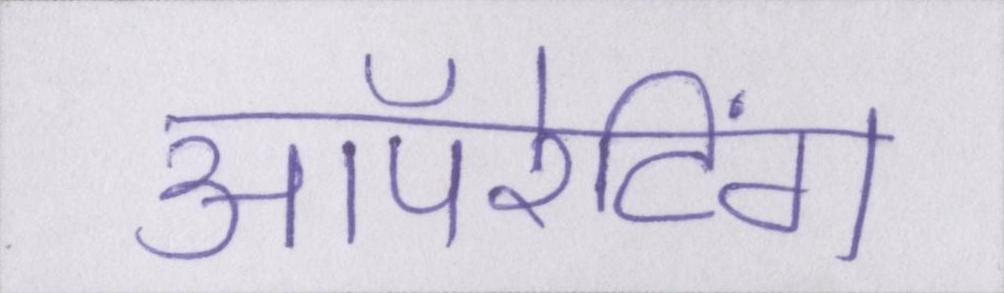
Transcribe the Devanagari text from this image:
ऑपरेटिंग